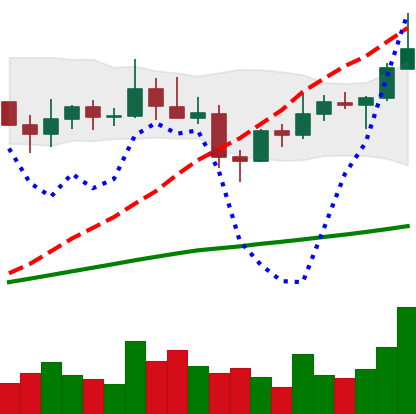
Ticker: XLM-USD
Chart end date: 2021-04-02
Forward return: 5.978%
Label: up_5_7